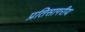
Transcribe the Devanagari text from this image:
प्रतिसागरीय